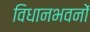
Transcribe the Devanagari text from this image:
विधानभवनों